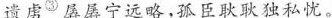
遗虏^{③}孱孱宁远略，孤臣耿耿独私忧。